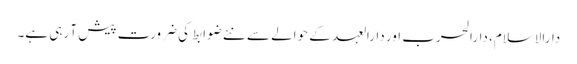
دارالاسلام، دارالحرب اور دارالعہد کے حوالے سے نئے ضوابط کی ضرورت پیش آ رہی ہے۔